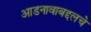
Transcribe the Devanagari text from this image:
आडनावाबद्दलचे